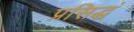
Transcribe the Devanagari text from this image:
प्रसिद्धं